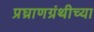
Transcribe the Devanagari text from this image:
प्रघ्राणग्रंथीच्या